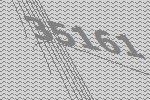
35161